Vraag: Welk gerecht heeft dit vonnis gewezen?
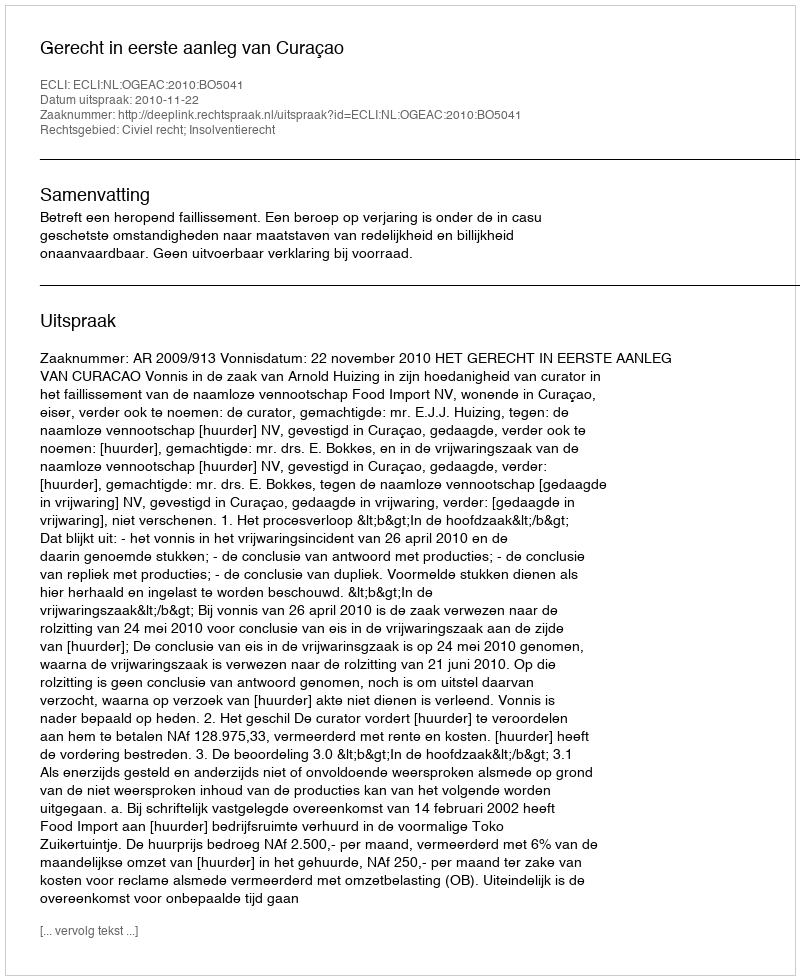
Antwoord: Gerecht in eerste aanleg van Curaçao